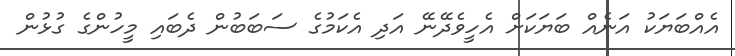
އެއްބަޔަކު އަނެއް ބަޔަކަށް އެހީވެދޭނޭ އަދި އެކަމުގެ ސަބަބުން ދެބައި މީހުންގެ ގުޅުން